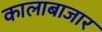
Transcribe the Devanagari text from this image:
कालाबाजार